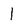
Character: l